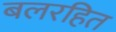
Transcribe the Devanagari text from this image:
बलरहित